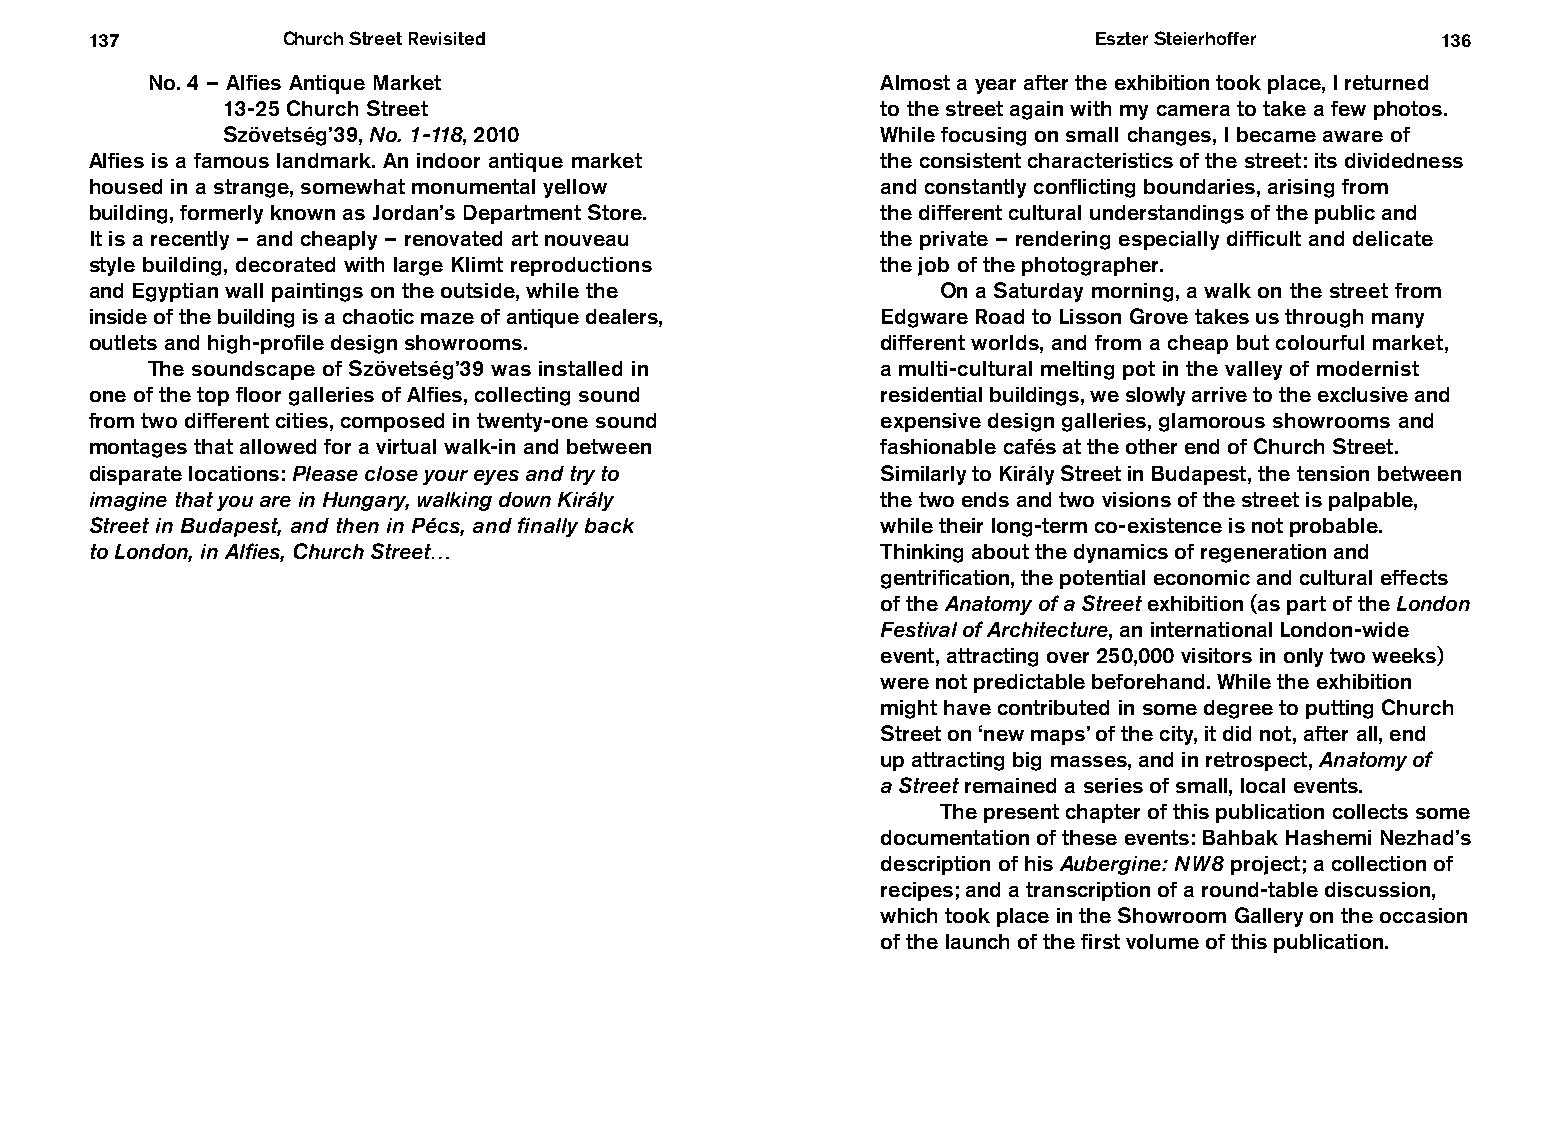
137          Church Street Revisited                              Eszter Steierhoffer    136
 No. 4 – Alfies Antique Market                   Almost a year after the exhibition took place, I returned
 13 -25 Church Street                       to the street again with my camera to take a few photos.
 Szövetség’39, No. 1-118, 2010              While focusing on small changes, I became aware of
 Alfies is a famous landmark. An indoor antique market the consistent characteristics of the street: its dividedness
 housed in a strange, somewhat monumental yellow     and constantly conflicting boundaries, arising from
 building, formerly known as Jordan’s Department Store. the different cultural understandings of the public and
 It is a recently – and cheaply – renovated art nouveau the private – rendering especially difficult and delicate
 style building, decorated with large Klimt reproductions the job of the photographer.
 and Egyptian wall paintings on the outside, while the   On a Saturday morning, a walk on the street from
 inside of the building is a chaotic maze of antique dealers, Edgware Road to Lisson Grove takes us through many
 outlets and high-profile design showrooms.          different worlds, and from a cheap but colourful market,
 The soundscape of Szövetség’39 was installed in a multi-cultural melting pot in the valley of modernist
 one of the top floor galleries of Alfies, collecting sound residential buildings, we slowly arrive to the exclusive and
 from two different cities, composed in twenty-one sound expensive design galleries, glamorous showrooms and
 montages that allowed for a virtual walk-in and between fashionable cafés at the other end of Church Street.
 disparate locations: Please close your eyes and try to Similarly to Király Street in Budapest, the tension between
 imagine that you are in Hungary, walking down Király the two ends and two visions of the street is palpable,
 Street in Budapest, and then in Pécs, and finally back while their long-term co-existence is not probable.
 to London, in Alfies, Church Street…                Thinking about the dynamics of regeneration and
 gentrification, the potential economic and cultural effects
 of the Anatomy of a Street exhibition (as part of the London
 Festival of Architecture, an international London-wide
 event, attracting over 250,000 visitors in only two weeks)
 were not predictable beforehand. While the exhibition
 might have contributed in some degree to putting Church
 Street on ‘new maps’ of the city, it did not, after all, end
 up attracting big masses, and in retrospect, Anatomy of
 a Street remained a series of small, local events.
 The present chapter of this publication collects some
 documentation of these events: Bahbak Hashemi Nezhad’s
 description of his Aubergine: NW8 project; a collection of
 recipes; and a transcription of a round-table discussion,
 which took place in the Showroom Gallery on the occasion
 of the launch of the first volume of this publication.